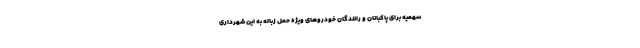
سهمیه برای پاکبانان و رانندگان خودروهای ویژه حمل زباله به این شهرداری